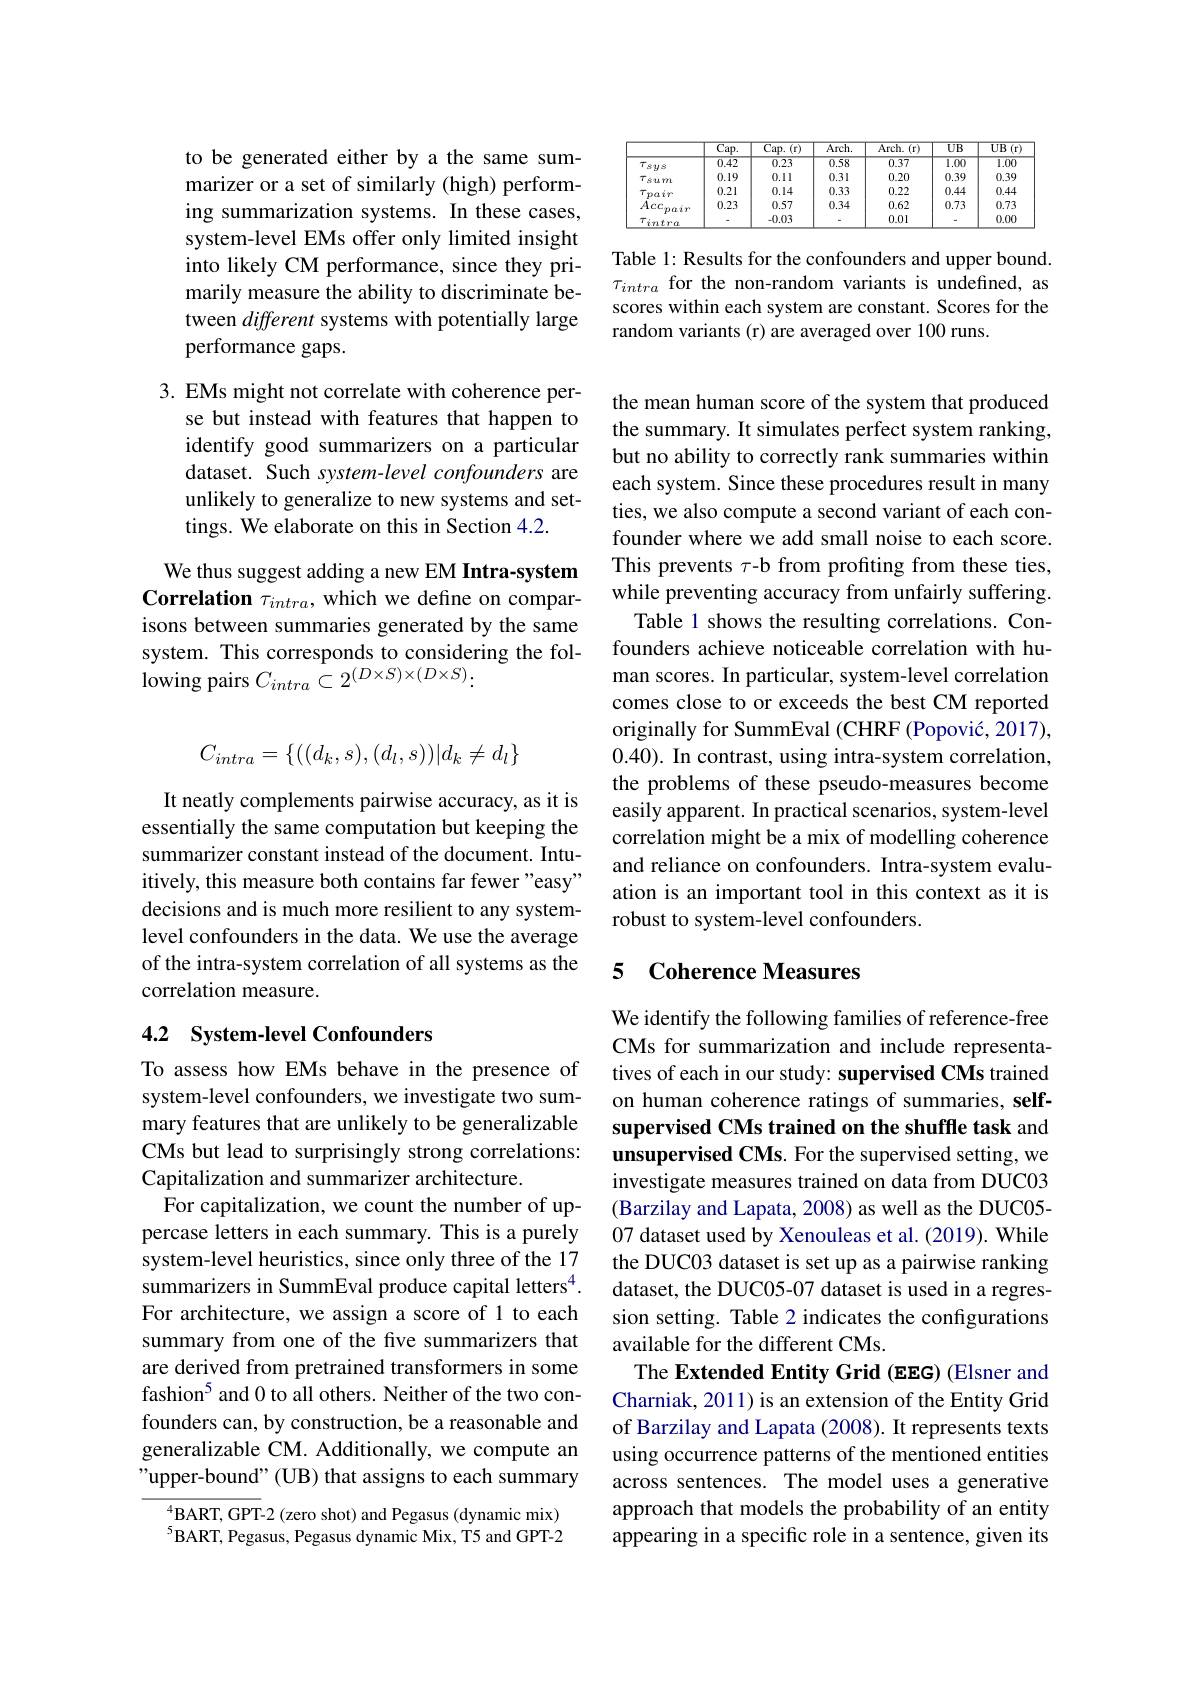
to be generated either by a the same summarizer or a set of similarly (high) performing summarization systems. In these cases, system-level EMs offer only limited insight into likely CM performance, since they primarily measure the ability to discriminate between different systems with potentially large performance gaps.

3. EMs might not correlate with coherence per-
se but instead with features that happen to identify good summarizers on a particular dataset. Such system-level confounders are unlikely to generalize to new systems and settings. We elaborate on this in Section 4.2.

We thus suggest adding a new EM Intra-system Correlation $\tau_intra$, which we define on comparisons between summaries generated by the same system. This corresponds to considering the following pairs $C_{intra}\subset2^{(D\times S)\times(D\times S)}:$
$$C_{intra}=\{((d_k,s),(d_l,s))|d_k\neq d_l\}$$
It neatly complements pairwise accuracy, as it is essentially the same computation but keeping the summarizer constant instead of the document. Intuitively, this measure both contains far fewer "easy" decisions and is much more resilient to any systemlevel confounders in the data. We use the average of the intra-system correlation of all systems as the correlation measure.

## 4.2 System-level Confounders

To assess how EMs behave in the presence of system-level confounders, we investigate two summary features that are unlikely to be generalizable CMs but lead to surprisingly strong correlations: Capitalization and summarizer architecture.
For capitalization, we count the number of uppercase letters in each summary. This is a purely system-level heuristics, since only three of the 17 summarizers in SummEval produce capital letters$^{4}.$ For architecture, we assign a score of 1 to each summary from one of the five summarizers that are derived from pretrained transformers in some fashion$^{5}$ and 0 to all others. Neither of the two confounders can, by construction, be a reasonable and generalizable CM. Additionally, we compute an "upper-bound" (UB) that assigns to each summary

$^{4}$BART, GPT-2 (zero shot) and Pegasus (dynamic mix) $^{5}$BART, Pegasus, Pegasus dynamic Mix, T5 and GPT-2

<table>
	<tbody>
		<tr>
			<th> </th>
			<th>$\overline{\text{Cap.}}$</th>
			<th>$\overline{\mathrm{Cap.}}$ $.(\mathbf{r})$</th>
			<th>$\overline{\mathrm{Arch}}.$</th>
			<th>$Arch.$ $-(\mathbf{r})$</th>
			<th>$UB$</th>
			<th>$UB$ $\overline{(\mathrm{r})}$</th>
		</tr>
		<tr>
			<td>$T$ sus</td>
			<td>$\overline{0.42}$</td>
			<td>$\overline{0.23}$</td>
			<td>0.58</td>
			<td>$\overline{0.37}$</td>
			<td>$\overline{1.00}$</td>
			<td>$\overline{1.00}$</td>
		</tr>
		<tr>
			<td> </td>
			<td>0.19</td>
			<td>0.11</td>
			<td>0.31</td>
			<td>0.20</td>
			<td>0.39</td>
			<td>0.39</td>
		</tr>
		<tr>
			<td>T $f.y$</td>
			<td>0.21</td>
			<td>0.14</td>
			<td>0.33</td>
			<td>0.22</td>
			<td>0.44</td>
			<td>0.44</td>
		</tr>
		<tr>
			<td>$Acc_{r}$</td>
			<td>0.23</td>
			<td>0.57</td>
			<td>0.34</td>
			<td>0.62</td>
			<td>0.73</td>
			<td>0.73</td>
		</tr>
		<tr>
			<td>$\tau_{intra}$</td>
			<td> </td>
			<td>-0.03</td>
			<td> </td>
			<td>0.01</td>
			<td> </td>
			<td>0.00</td>
		</tr>
	</tbody>
</table>

Table 1: Results for the confounders and upper bound. $\tau_{intra}$ for the non-random variants is undefined, as scores within each system are constant. Scores for the random variants (r) are averaged over 100 runs.

the mean human score of the system that produced the summary. It simulates perfect system ranking, but no ability to correctly rank summaries within each system. Since these procedures result in many ties, we also compute a second variant of each confounder where we add small noise to each score. This prevents $\tau$-b from profiting from these ties, while preventing accuracy from unfairly suffering.
Table 1 shows the resulting correlations. Confounders achieve noticeable correlation with human scores. In particular, system-level correlation comes close to or exceeds the best CM reported originally for SummEval (CHRF (Popović, 2017), 0.40). In contrast, using intra-system correlation, the problems of these pseudo-measures become easily apparent. In practical scenarios, system-level correlation might be a mix of modelling coherence and reliance on confounders. Intra-system evaluation is an important tool in this context as it is robust to system-level confounders.

## 5 Coherence Measures

We identify the following families of reference-free CMs for summarization and include representatives of each in our study: supervised CMs trained on human coherence ratings of summaries, selfsupervised CMs trained on the shuffle task and unsupervised CMs. For the supervised setting, we investigate measures trained on data from DUC03 (Barzilay and Lapata, 2008) as well as the DUC05- 07 dataset used by Xenouleas et al. (2019). While the DUC03 dataset is set up as a pairwise ranking dataset, the DUC05-07 dataset is used in a regression setting. Table 2 indicates the configurations available for the different CMs.
The Extended Entity Grid (EEG) (Elsner and Charniak, 2011) is an extension of the Entity Grid of Barzilay and Lapata (2008). It represents texts using occurrence patterns of the mentioned entities across sentences. The model uses a generative approach that models the probability of an entity appearing in a specific role in a sentence, given its